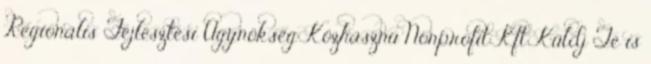
Regionális Fejlesztési Ügynökség Közhasznú Nonprofit Kft Küldj Te is